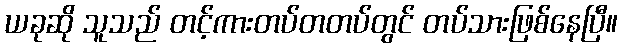
ယခုဆို သူသည် တင့်ကားတပ်တတပ်တွင် တပ်သားဖြစ်နေပြီ။